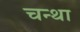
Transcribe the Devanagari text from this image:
चन्था